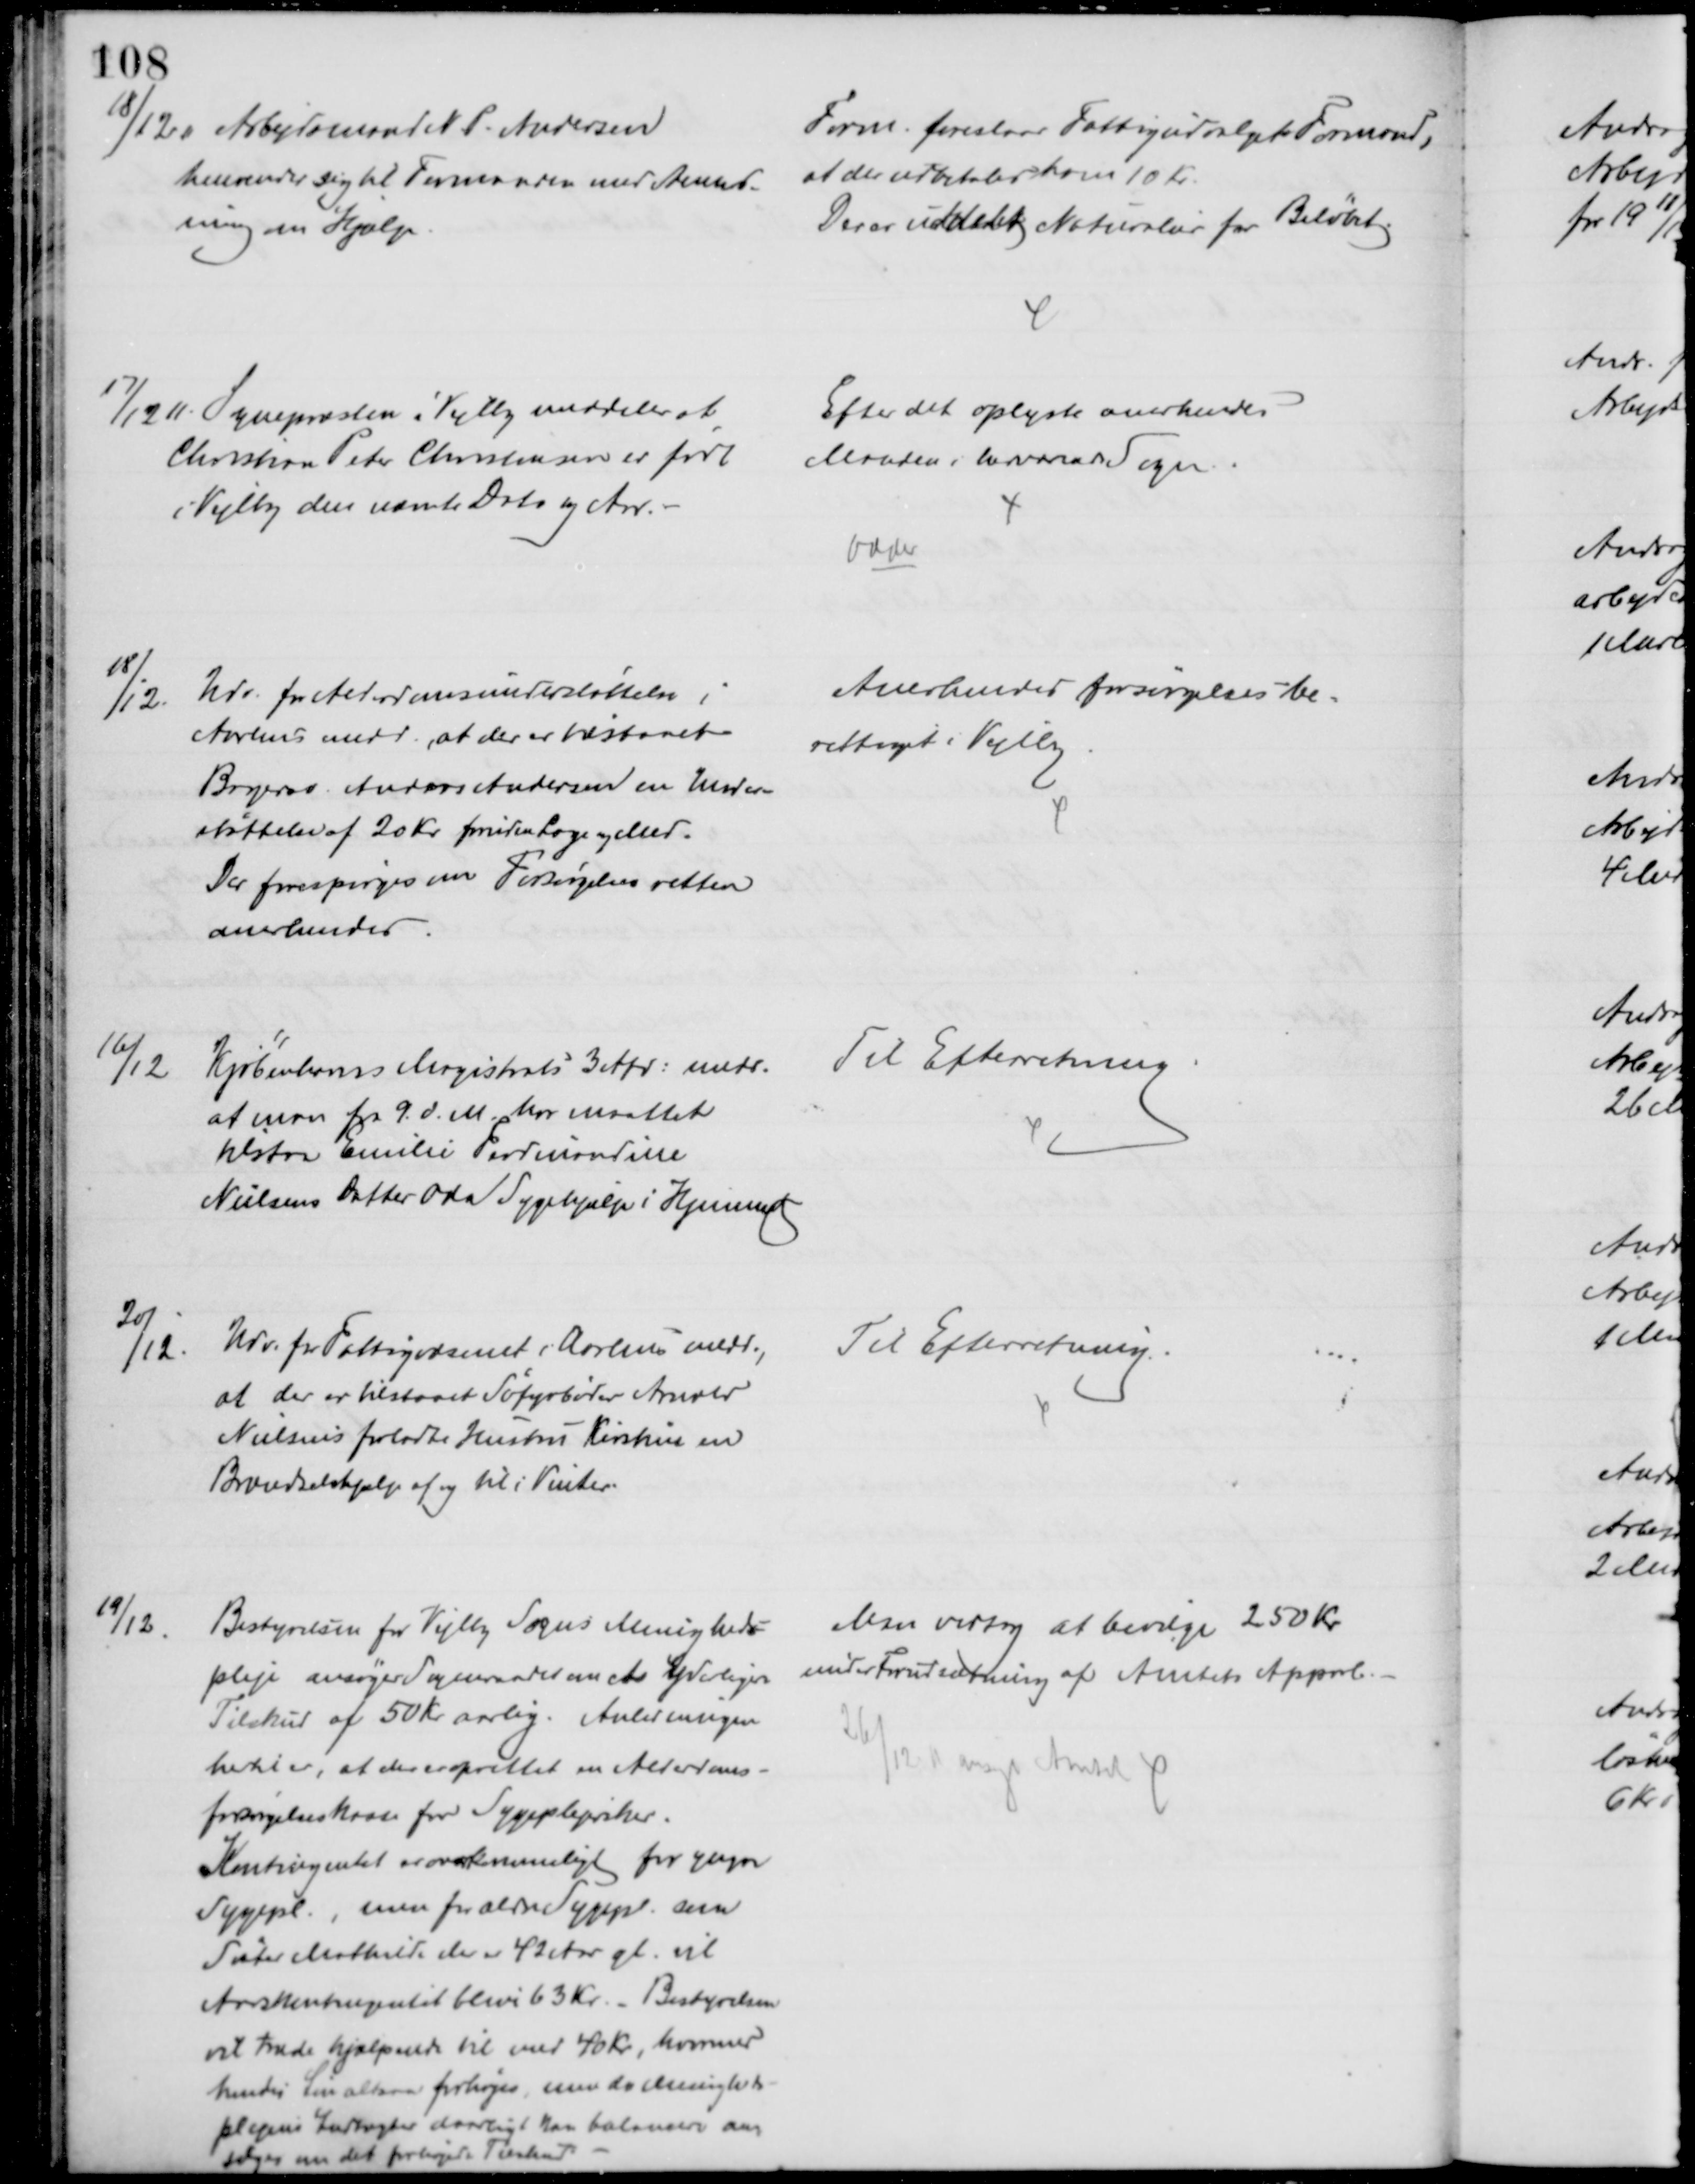
Transskription:
18/12 11 Arbejdsmand N. P. Andersen
henvender sig til Formanden med Anmod-
ning om Hjælp
Form. foreslaar Fattigudvalgets Formand,
at der udbetales ham 10 Kr.
Der er uddelt Naturalier for Beløbet.
17/12 11. Sognepræsten i Vejlby meddeler at,
Christian Peter Christensen er født
i Vejlby den nævnte Dato og Aar.
Efter det oplyste anerkendes
Manden i herværende Sogn
Odder
18/12.
Udv. for Alderdomsunderstøttelse i
Aarhus medd., at der er tilstaaet
Bagersv. Anders Andersen en Under-
støttelse af 20 Kr foruden Læge og Med.
Der forespørges om Forsørgelsesretten
anerkendes
Anerkendes forsørgelsesbe=
rettiget i Vejlby
16/12
Kjøbenhavns Magistrats 3 Afd. medd.
at man fra 9 d. M. har maattet
tilstaa Emilie Ferdinandine
Nielsens Datter Oda Sygehjælp i Hjemmet
Til Efterretning
20/12.
Udv. fra Fattigvæsenet i Aarhus medd.
at der er tilstaaet Søfyrbøder Arnold
Nielsens forladte Hustru Kirstine en
Brændselshjælp af og til i Vinter.
Til Efterretning.
19/12.
Bestyrelsen for Vejlby Sogns Menigheds=
pleje ansøger Sogneraadet om et yderligere
Tilskud af 50 Kr aarlig. Anledningen
hertil er, at der er oprettet en Alderdoms-
forsørgelseskasse for Sygeplejersker.
Kontingentet er overkommeligt for yngre
Sygepl., men for ældre Sygepl. som
Søster Mathilde der er 42 Aar gl. vil
Aarskontingentet til blive 63 Kr. Bestyrelsen
vil træde hjælpende til med 40 Kr, hvormed
hendes Løn altsaa forhøjes, men da Meningheds-
plejens Indtægter daarligt kan balancere an- 
søges om det forhøjede Tilskud 
Man vedtog at bevilge 250 Kr
under Forudsætning af Amtets Approb.
26/12 11 ansøgt Amtet